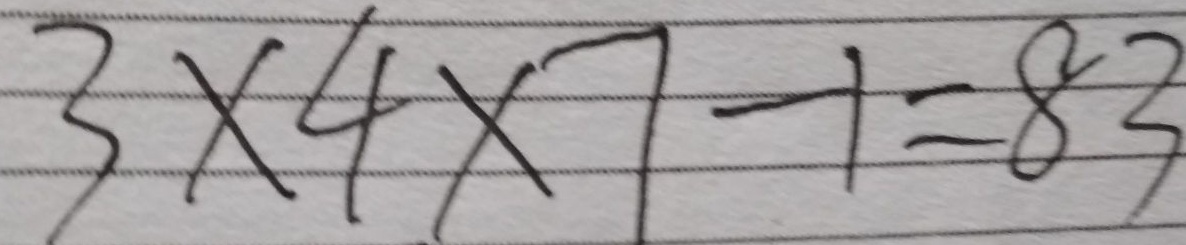
3 \times 4 \times 7 - 1 = 8 3